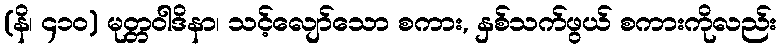
(နိ၊ ၄၁၀) မုတ္တဝါဒိနာ၊ သင့်လျော်သော စကား, နှစ်သက်ဖွယ် စကားကိုလည်း